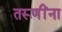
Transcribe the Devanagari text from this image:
तरूणींना